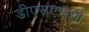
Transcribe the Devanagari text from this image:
डीएसएससी